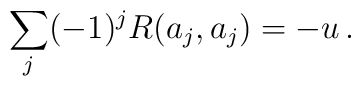
\sum_j(-1)^j R(a_j,a_j) = -u\, .